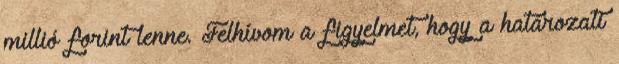
millió forint lenne. Felhívom a figyelmet, hogy a határozati